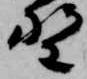
野